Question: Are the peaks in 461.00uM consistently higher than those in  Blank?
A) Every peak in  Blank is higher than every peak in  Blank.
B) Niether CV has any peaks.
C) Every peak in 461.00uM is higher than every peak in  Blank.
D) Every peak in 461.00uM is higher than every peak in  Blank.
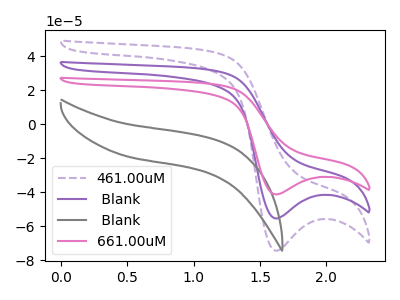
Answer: <think>The purple dashed curve "461.00uM" has a cathodic peak at: (1.60V, -74.45uA). The purple curve " Blank" has a cathodic peak at: (1.60V, -55.50uA). The gray curve " Blank" has no peaks. The pink curve "661.00uM" has a cathodic peak at: (1.60V, -110.95uA).</think>
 <answer>C) Every peak in "461.00uM" is higher than every peak in " Blank".</answer>
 <eval>C</eval>